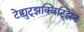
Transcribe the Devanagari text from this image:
टेह्युट्झक्विट्झिन